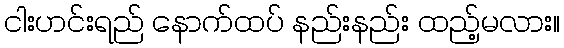
ငါးဟင်းရည် နောက်ထပ် နည်းနည်း ထည့်မလား။